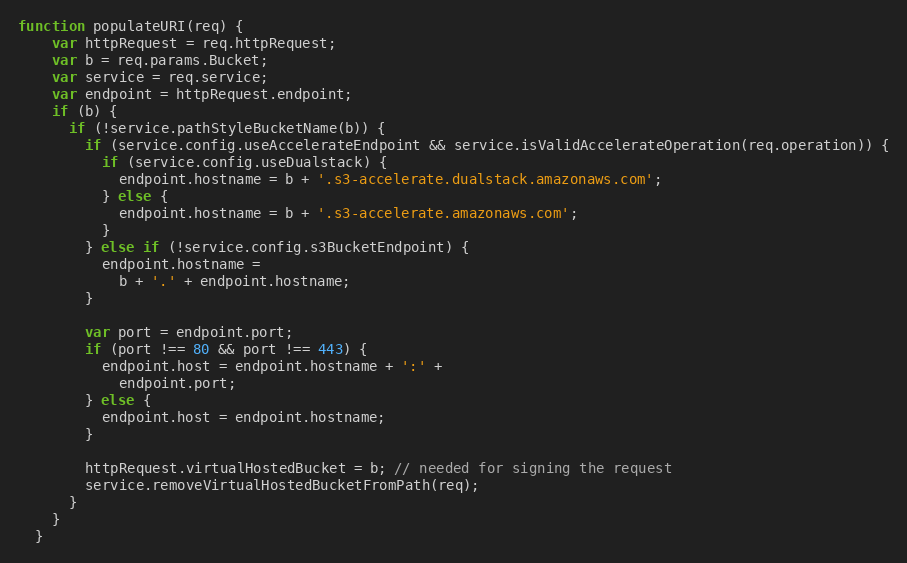
Language: JavaScript
function populateURI(req) {
    var httpRequest = req.httpRequest;
    var b = req.params.Bucket;
    var service = req.service;
    var endpoint = httpRequest.endpoint;
    if (b) {
      if (!service.pathStyleBucketName(b)) {
        if (service.config.useAccelerateEndpoint && service.isValidAccelerateOperation(req.operation)) {
          if (service.config.useDualstack) {
            endpoint.hostname = b + '.s3-accelerate.dualstack.amazonaws.com';
          } else {
            endpoint.hostname = b + '.s3-accelerate.amazonaws.com';
          }
        } else if (!service.config.s3BucketEndpoint) {
          endpoint.hostname =
            b + '.' + endpoint.hostname;
        }

        var port = endpoint.port;
        if (port !== 80 && port !== 443) {
          endpoint.host = endpoint.hostname + ':' +
            endpoint.port;
        } else {
          endpoint.host = endpoint.hostname;
        }

        httpRequest.virtualHostedBucket = b; // needed for signing the request
        service.removeVirtualHostedBucketFromPath(req);
      }
    }
  }